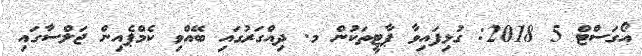
އޯގަސްޓް 5 2018: ގުޅިފައިވާ ޕާޓީތަކުން މ. ދިއްގަރުގައި ބޭއްވި ކެމްޕެއިން ޖަލްސާގައި